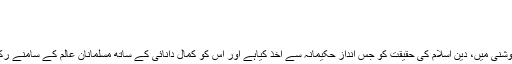
مٹی نہ ہو برباد پس مرگ الہی
جب خاک اڑے میری تو مدینے کی ہوا ہو
بہتری کی کاوش اور جستجو:
افضل رضوی نے اقبال کے نباتاتی افکار کی روشنی میں، دین اسلام کی حقیقت کو جس انداز حکیمانہ سے اخذ کیاہے اور اس کو کمال دانائی کے ساتھ مسلمانان عالم کے سامنے رکھا ہے وہ یقینا قابل داد ہے بلکہ قابل رشک ہے۔